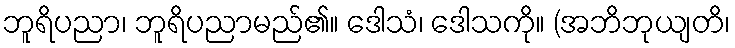
ဘူရိပညာ၊ ဘူရိပညာမည်၏။ ဒေါသံ၊ ဒေါသကို။ (အဘိဘုယျတိ၊